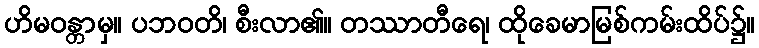
ဟိမဝန္တာမှ။ ပဘဝတိ၊ စီးလာ၏။ တဿာတီရေ၊ ထိုခေမာမြစ်ကမ်းထိပ်၌။